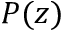
P ( z )